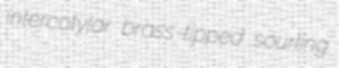
intercotylar brass-tipped sourling